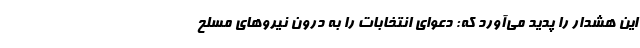
این هشدار را پدید می‌آورد که‌: دعوای انتخابات را به درون نیروهای مسلح